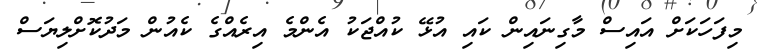
މިފަހަކަށް އައިސް މާގިނައިން ކައި އުޅޭ ކުއްޖަކު އެންމެ އިރެއްގެ ކެއުން މަދުކޮށްލިޔަސް